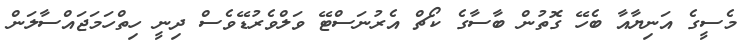
މެސީގެ އަނިޔާއާ ބެހޭ ގޮތުން ބާސާގެ ކޯޗް އެރުނަސްޓޭ ވަލްވެރުޑޭވެސް ދިނީ ހިތްހަމަޖައްސާލަން